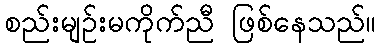
စည်းမျဉ်းမကိုက်ညီ ဖြစ်နေသည်။